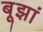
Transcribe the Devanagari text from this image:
बूझां